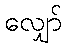
လျှော်